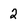
Character: 2